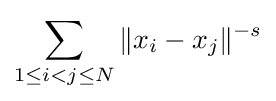
\sum _{1\leq i<j\leq N}\|x_{i}-x_{j}\|^{-s}